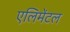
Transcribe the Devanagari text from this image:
एलिमेंटल